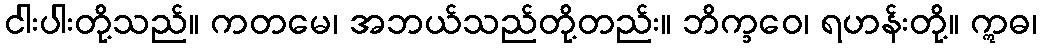
ငါးပါးတို့သည်။ ကတမေ၊ အဘယ်သည်တို့တည်း။ ဘိက္ခဝေ၊ ရဟန်းတို့။ ဣဓ၊